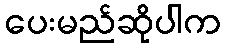
ပေးမည်ဆိုပါက